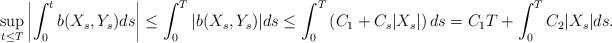
LaTeX: \begin{align*}\sup_{t\leq T}\left |\int_0^t b(X_s,Y_s)ds\right|\leq \int_0^T|b(X_s,Y_s)|ds\leq \int_0^T\left(C_1+C_s|X_s|\right)ds=C_1T+\int_0^TC_2|X_s|ds.\end{align*}